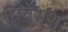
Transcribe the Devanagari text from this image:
निवेसश